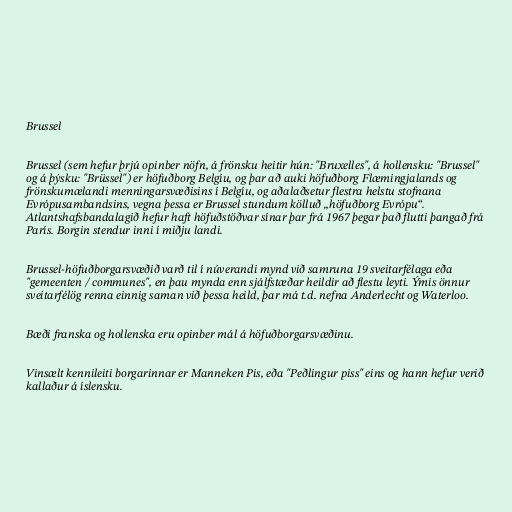
Brussel

Brussel (sem hefur þrjú opinber nöfn, á frönsku heitir hún: "Bruxelles", á hollensku: "Brussel"
og á þýsku: "Brüssel") er höfuðborg Belgíu, og þar að auki höfuðborg Flæmingjalands og
frönskumælandi menningarsvæðisins í Belgíu, og aðalaðsetur flestra helstu stofnana
Evrópusambandsins, vegna þessa er Brussel stundum kölluð „höfuðborg Evrópu“.
Atlantshafsbandalagið hefur haft höfuðstöðvar sínar þar frá 1967 þegar það flutti þangað frá
París. Borgin stendur inni í miðju landi.

Brussel-höfuðborgarsvæðið varð til í núverandi mynd við samruna 19 sveitarfélaga eða
"gemeenten / communes", en þau mynda enn sjálfstæðar heildir að flestu leyti. Ýmis önnur
sveitarfélög renna einnig saman við þessa heild, þar má t.d. nefna Anderlecht og Waterloo.

Bæði franska og hollenska eru opinber mál á höfuðborgarsvæðinu.

Vinsælt kennileiti borgarinnar er Manneken Pis, eða "Peðlingur piss" eins og hann hefur verið
kallaður á íslensku.